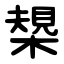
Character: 槼